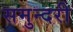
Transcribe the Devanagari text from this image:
समुन्दरी